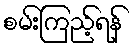
စမ်းကြည့်ရန်